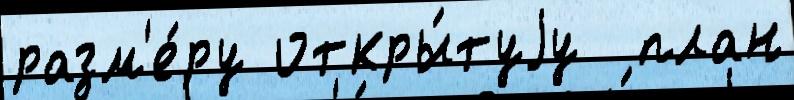
разм'е́ру откры́туjу  план